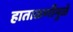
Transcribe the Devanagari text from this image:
हाताळणीमुळे